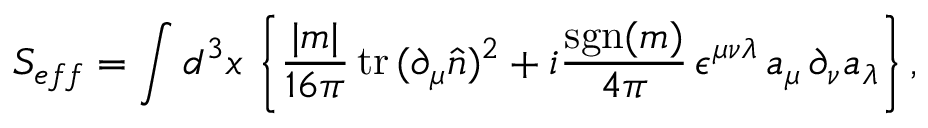
S _ { e f f } = \int d ^ { 3 } x \, \left\{ \frac { | m | } { 1 6 \pi } \, \mathrm { t r } \, ( \partial _ { \mu } \hat { n } ) ^ { 2 } + i \frac { \mathrm { s g n } ( m ) } { 4 \pi } \, \epsilon ^ { \mu \nu \lambda } \, a _ { \mu } \, \partial _ { \nu } a _ { \lambda } \right\} ,